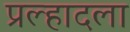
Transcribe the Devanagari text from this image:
प्रल्हादला